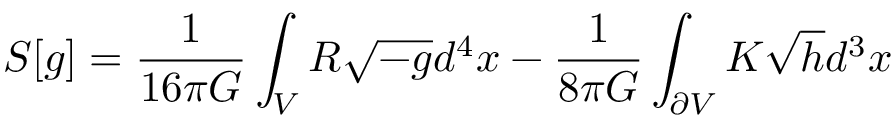
S [ g ] = \frac { 1 } { 1 6 \pi G } \int _ { V } R \sqrt { - g } d ^ { 4 } x - \frac { 1 } { 8 \pi G } \int _ { \partial V } K \sqrt { h } d ^ { 3 } x